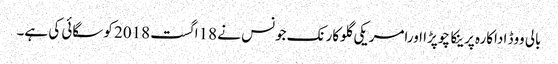
بالی ووڈ اداکارہ پرینکا چوپڑا اورامریکی گلوکارنک جونس نے 18اگست 2018 کوسگائی کی ہے۔